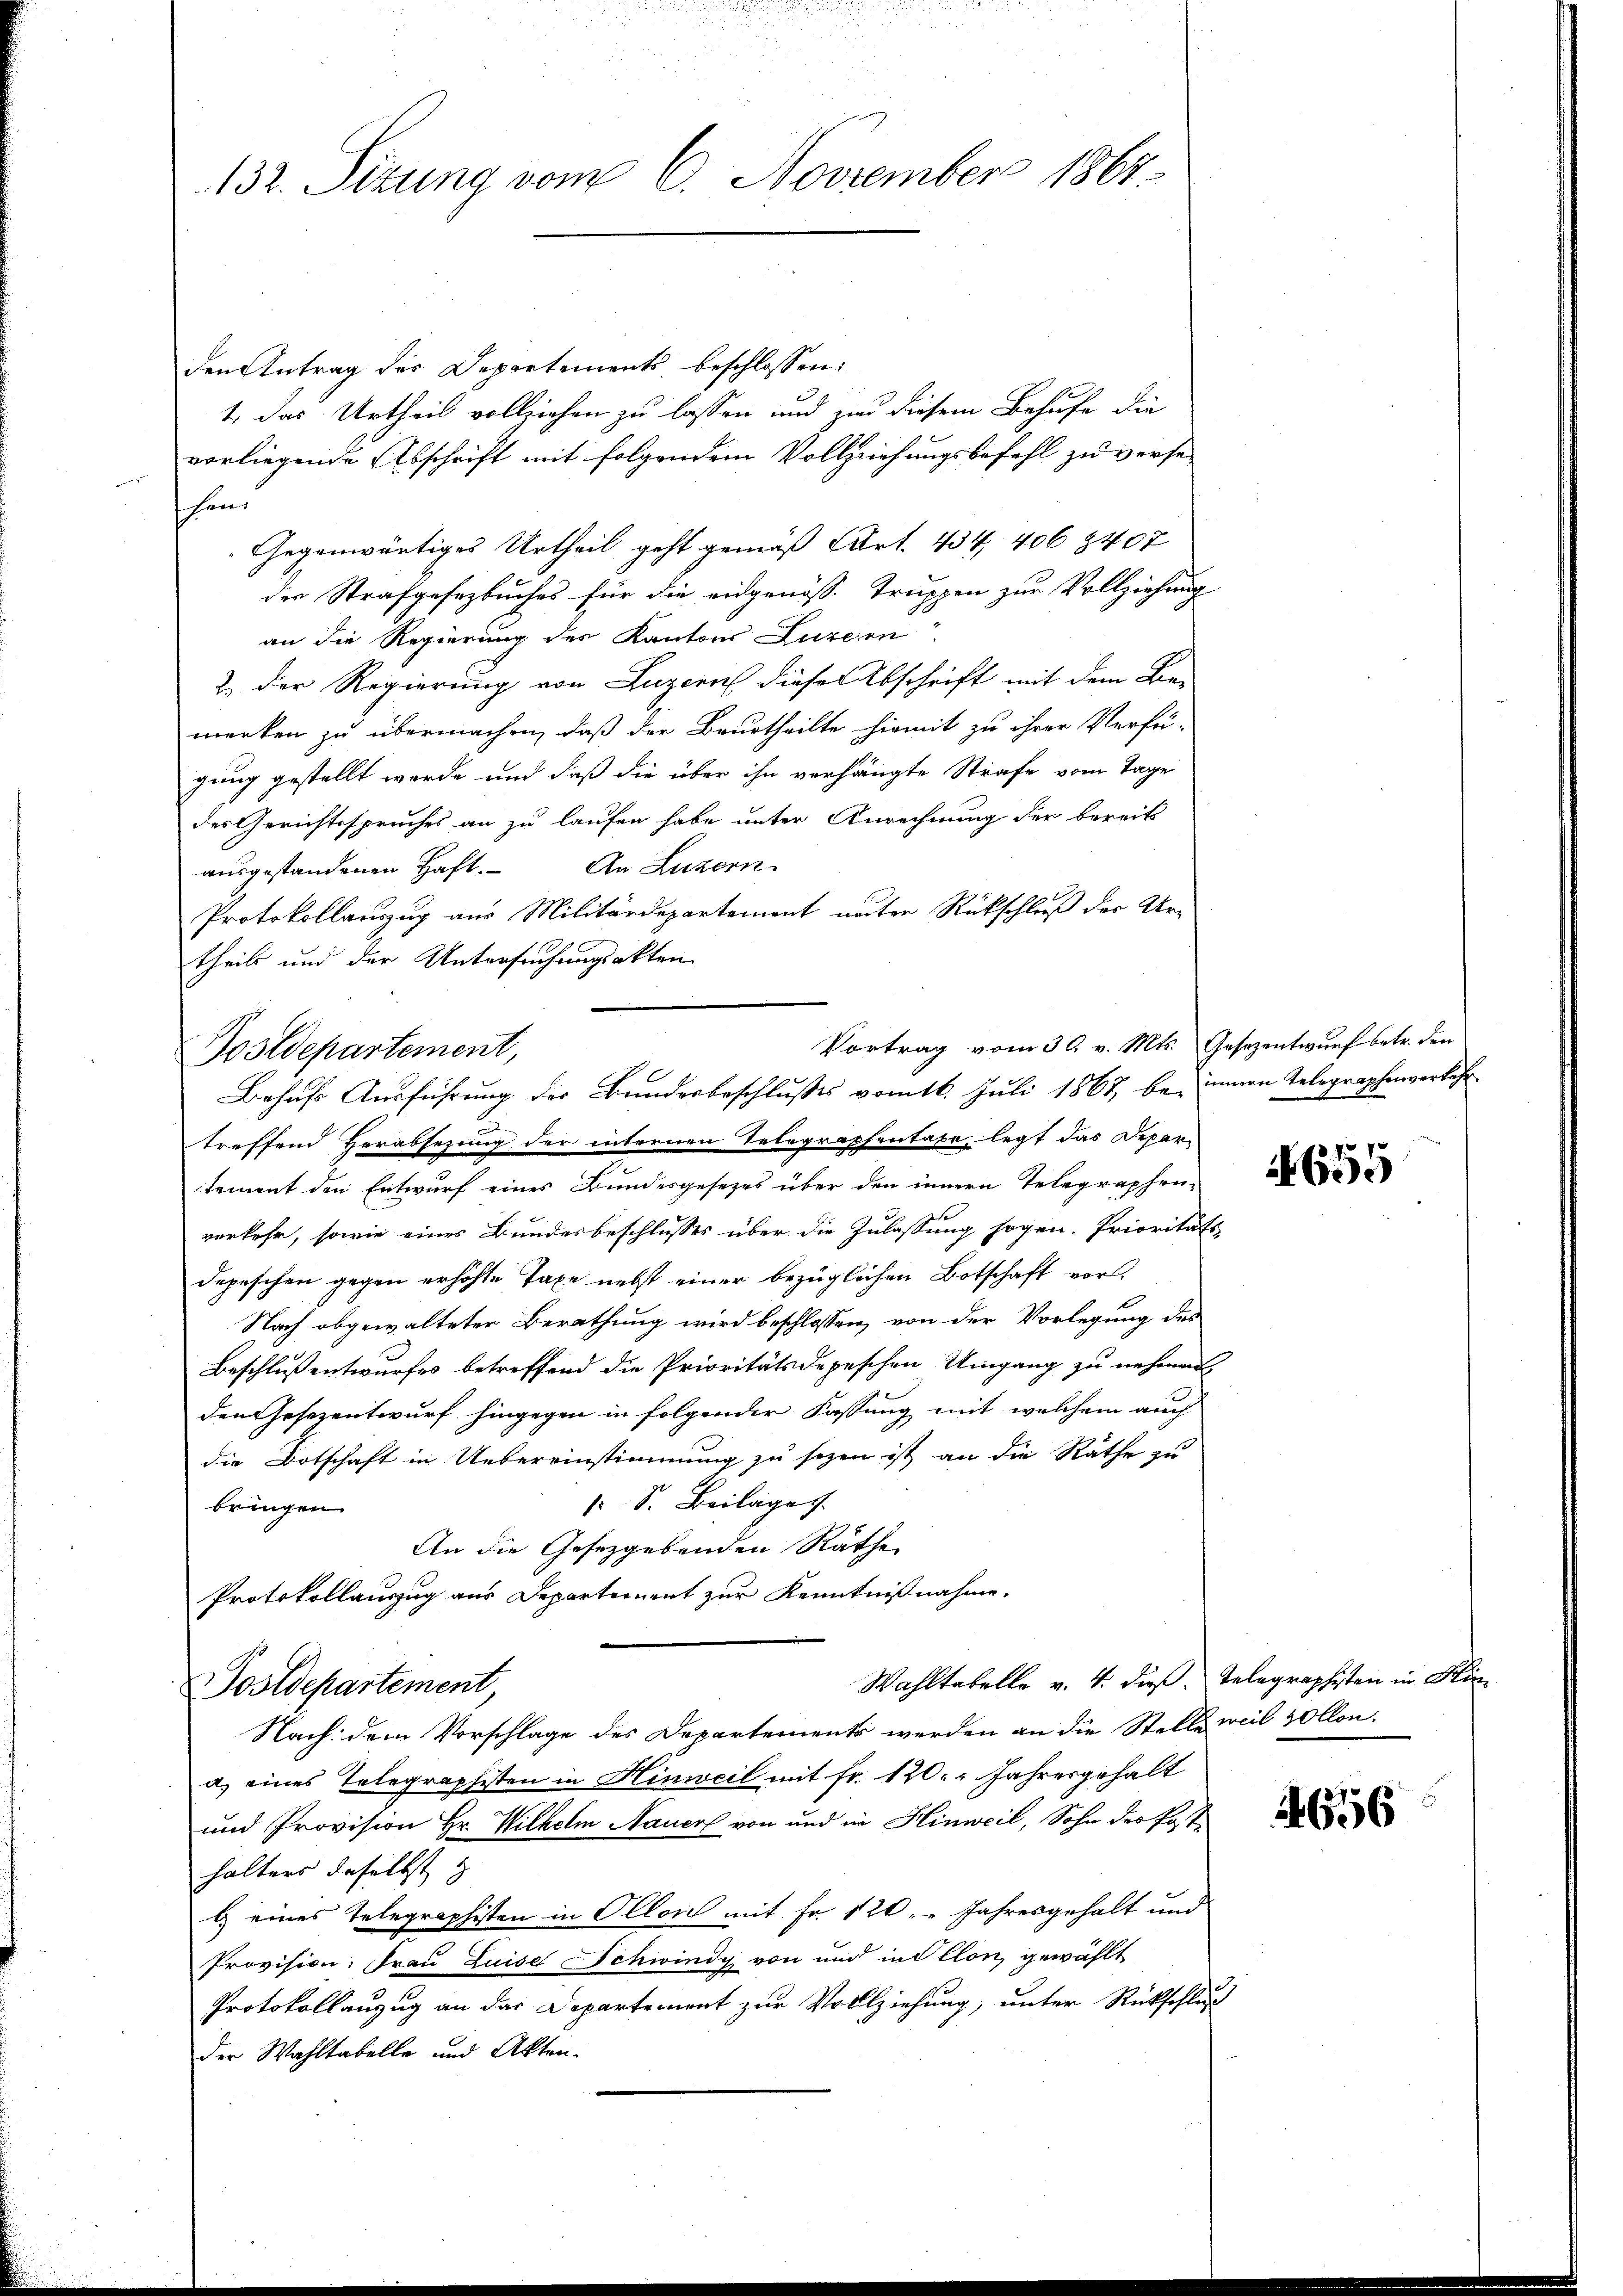
132. Sizung vom 6. November 1864.

den Antrag des Departements beschlossen:
1, das Urtheil vollziehen zu lassen und zur diesem Behufe die
vorliegende Abschrift mit folgendem Vollziehungsbefehl zu versehan
Gegenwärtiges Urtheil geht gemäß Art. 434, 406 3407
der Strafgesetzbuches für die eidgenöss-Truppen zur Vollziehung
an die Regierung des Kantons Luzern
2.) Der Regierung von Luzern dieser Abschrift mit dem Be-
merken zu übermachen, daß der Beurtheilte hiemit zu ihrer Verfü-
gung gestellt wurde und daß die über ihn verhängte Strafe vom Tage
des Gerichtsspruches an zu laufen habe unter Anrechnung der bereits
ausgestandenen Haft. An Luzern
Protokollauszug aus Militärdepartement unter Rückschluß der Ur-
theils und der Untersuchungsakten
treffend Herabsezung der internen Telegraphentaxe, legt das Depar-
tement den Entwurf eines Bundesgesetzes über den innern Telegraphen-
verkehr, sowie eines Bundesbeschlusses über die Zulassung sogen. Prioritäts-
depeschen gegen erhöhte Taxe nebst einer bezüglichen Botschaft vor.
Nach abgewalteter Berathung wird beschlossen, von der Vorlegung des
Beschluß entwurfes betreffend die Prioritätsdepeschen Umgang zu nehmen,
den Gesezentwurf hingegen in folgender Fassung mit welchem auch
die Botschaft in Uebereinstimmung zu sezen ist an die Räthe zu
1 S. Beilage
bringen.
An die Gesetzgebenden Räthe
Protokollauszug aus Departement zur Kenntnißnahme.
Wahltabelle v. 4. dieß Telegraphisten in Hin¬
Sostdepartement,
Nach dem Vorschlage des Departements werden an die Stelle weil vollon.
a) eines Telegraphisten in Hinweil mit fr. 120. Jahresgehalt
und Provision Hr. Wilhelm Nauer von und in Hinweil, Sohn des Post-
halters daselbst z
l) eines Telegraphisten in Ollos mit Fr. 120 " " Jahresgehalt und
Provision: Frau Luise Schwindy von und in illon, gewählt
Protokollanzug an das Departement zur Vollziehung, unter Rückschluß
der Wahltabelle und Akten.

Vortrag vom 30. v. Mts. Gesezentwurf betr. den
Postdepartement,
Behufs Ausführung des Bundesbeschlusses vom 16. Juli 1867, bei innern Telegraphenverkehr¬

655

656